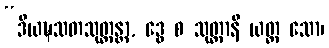
“ဒိယဍ္ဎသတသုတ္တန္တာ, ဒွေ စ သုတ္တာနိ ယတ္ထ သော၊